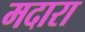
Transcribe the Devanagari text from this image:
मदारा